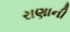
રાણાની